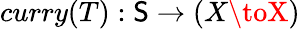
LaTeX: curry(T):\mathsf{S}\to(X\toX)